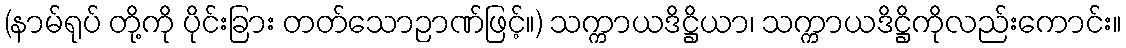
(နာမ်ရုပ် တို့ကို ပိုင်းခြား တတ်သောဉာဏ်ဖြင့်။) သက္ကာယဒိဋ္ဌိယာ၊ သက္ကာယဒိဋ္ဌိကိုလည်းကောင်း။